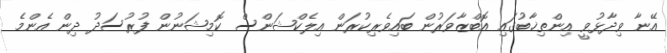
އޭނާ ވިދާޅުވީ އިންތިޚާބުގައި އޮބްޒާވަރުން ބައިވެރިކުރަން އިލެކްޝަންސް ކޮމިޝަނުން ފުރުސަދު ދިން އެންމެ